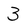
Character: 3